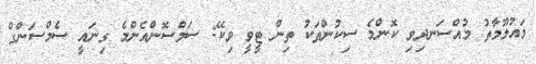
މައުލޫމާތު މުއްސަނދިވި ކޮންމެ ސިކުންތަކު ތިން ޓީވީ ވިކޭ: ސަމްސޮންއެންމެ ގިނައީ ސެމްސަންގް